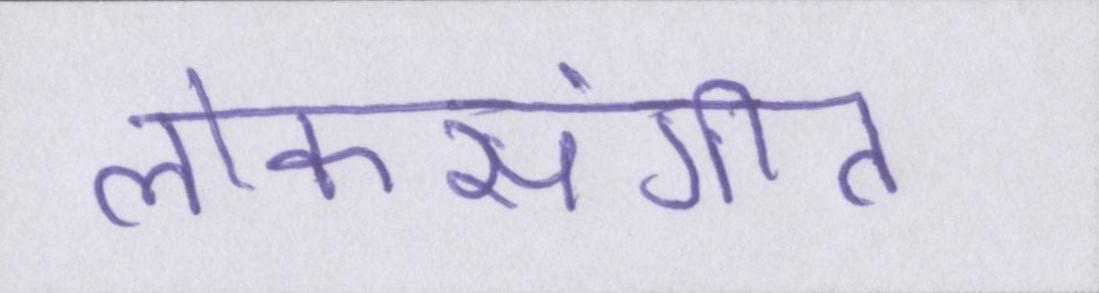
लोकसंगीत